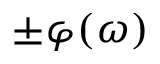
\pm \varphi ( \omega )